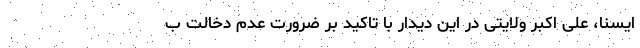
ایسنا، علی اکبر ولایتی در این دیدار با تاکید بر ضرورت عدم دخالت ب